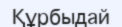
Құрбыдай